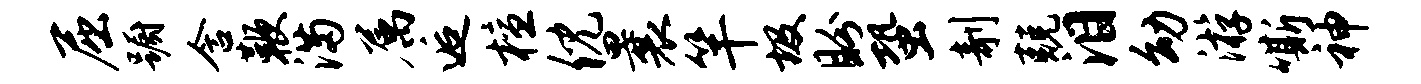
屈蹰含鞭满属逅檀倪曩竿圾盼蛩剞兢泪幼游嘶神